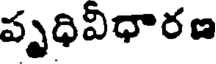
పృధివిధారణ